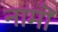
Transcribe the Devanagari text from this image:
नामॊं